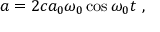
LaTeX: a = 2 c a _ { 0 } \omega _ { 0 } \cos \omega _ { 0 } t ~ ,